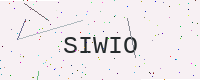
Text: SIWIO